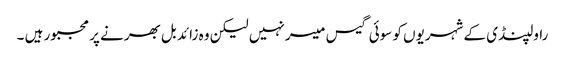
راولپنڈی کے شہریوں کو سوئی گیس میسر نہیں لیکن وہ زائد بل بھرنے پر مجبور ہیں ۔